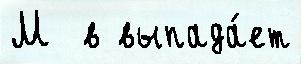
М  в выпада́ет